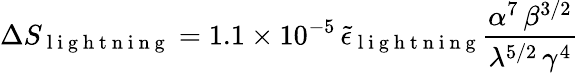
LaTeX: \Delta S_{\mathrm{~l~i~g~h~t~n~i~n~g~}}=1.1\times 10^{-5}\, \tilde{\epsilon}_{\mathrm{~l~i~g~h~t~n~i~n~g~}}\frac{\alpha^{7}\, \beta^{3/2}}{\lambda^{5/2}\, \gamma^{4}}